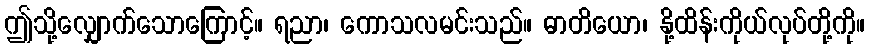
ဤသို့လျှောက်သောကြောင့်။ ရညာ၊ ကောသလမင်းသည်။ ဓာတိယော၊ နို့ထိန်းကိုယ်လုပ်တို့ကို။